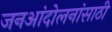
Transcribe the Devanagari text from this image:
जनआंदोलनांसाठी